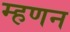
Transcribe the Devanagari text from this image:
म्हणन